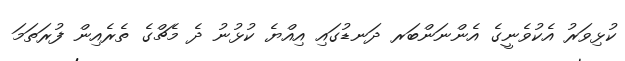
ކުޅިވަރު އެކުވެނީގެ އެންނަންބަރ ދަނޑުގައި އިއްޔެ ކުޅުނު ދެ މެޗްގެ ތެރެއިން ފުރަތަމަ